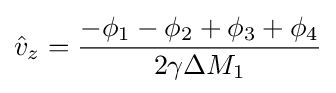
{\hat {v}}_{z}={\frac {-\phi _{1}-\phi _{2}+\phi _{3}+\phi _{4}}{2\gamma \Delta M_{1}}}